Vaccination North-Western Provinces 1866-1877 - 1866-1877
Year: 1866
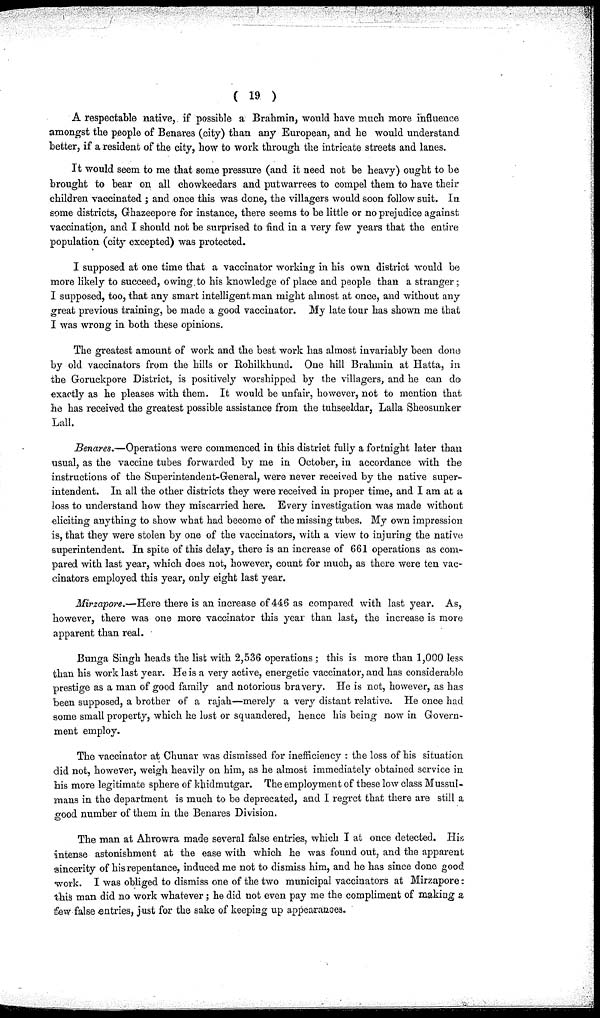
( 19 )
A respectable native, if possible a Brahmin, would have much more influence
amongst the people of Benares (city) than any European, and he would understand
better, if a resident of the city, how to work through the intricate streets and lanes.
It would seem to me that some pressure (and it need not be heavy) ought to be
brought to bear on all chowkeedars and putwarrees to compel them to have their
children vaccinated ; and once this was done, the villagers would soon follow suit. In
some districts, Ghazeepore for instance, there seems to be little or no prejudice against
vaccination, and I should not be surprised to find in a very few years that the entire
population (city excepted) was protected.
I supposed at one time that a vaccinator working in his own district would be
more likely to succeed, owing.to his knowledge of place and people than a stranger;
I supposed, too, that any smart intelligent man might almost at once, and without any
great previous training, be made a good vaccinator. My late tour has shown me that
I was wrong in both these opinions.
The greatest amount of work and the best work has almost invariably been done
by old vaccinators from the hills or Rohilkhund. One hill Brahmin at Hatta, in
the Goruckpore District, is positively worshipped by the villagers, and he can do
exactly as he pleases with them. It would be unfair, however, not to mention that
he has received the greatest possible assistance from the tuhseeldar, Lalla Sheosunker
Lall.
Benares.—Operations were commenced in this district fully a fortnight later than
usual, as the vaccine tubes forwarded by me in October, in accordance with the
instructions of the Superintendent-General, were never received by the native super-
intendent. In all the other districts they were received in proper time, and I am at a
loss to understand how they miscarried here. Every investigation was made without
eliciting anything to show what had become of the missing tubes. My own impression
is, that they were stolen by one of the vaccinators, with a view to injuring the native
superintendent. In spite of this delay, there is an increase of 661 operations as com-
pared with last year, which does not, however, count for much, as there were ten vac-
cinators employed this year, only eight last year.
Mirzapore.—Here there is an increase of 446 as compared with last year. As,
however, there was one more vaccinator this year than last, the increase is more
apparent than real.
Bunga Singh heads the list with 2,536 operations; this is more than 1,000 less
than his work last year. He is a very active, energetic vaccinator, and has considerable
prestige as a man of good family and notorious bravery. He is not, however, as has
been supposed, a brother of a rajah—merely a very distant relative. He once had
some small property, which he lost or squandered, hence his being now in Govern-
ment employ.
The vaccinator at Chunar was dismissed for inefficiency : the loss of his situation
did not, however, weigh heavily on him, as he almost immediately obtained service in
his more legitimate sphere of khidmutgar. The employment of these low class Mussul-
mans in the department is much to be deprecated, and I regret that there are still a
good number of them in the Benares Division.
The man at Ahrowra made several false entries, which I at once detected. His
intense astonishment at the ease with which he was found out, and the apparent
sincerity of his repentance, induced me not to dismiss him, and he has since done good
work. I was obliged to dismiss one of the two municipal vaccinators at Mirzapore :
this man did no work whatever ; he did not even pay me the compliment of making a
few false entries, just for the sake of keeping up appearances.